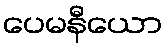
ပေမနီယော